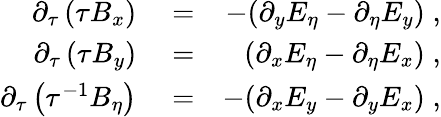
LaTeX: \begin{array}{rlr}{\partial_{\tau}\left(\tau B_{x}\right)}&{{}=}&{-(\partial_{y}E_{\eta}-\partial_{\eta}E_{y})\; ,}\\ {\partial_{\tau}\left(\tau B_{y}\right)}&{{}=}&{(\partial_{x}E_{\eta}-\partial_{\eta}E_{x})\; ,}\\ {\partial_{\tau}\left(\tau^{-1}B_{\eta}\right)}&{{}=}&{-(\partial_{x}E_{y}-\partial_{y}E_{x})\; ,}\end{array}